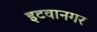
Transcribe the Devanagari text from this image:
इटवानगर